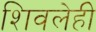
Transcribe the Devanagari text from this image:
शिवलेही